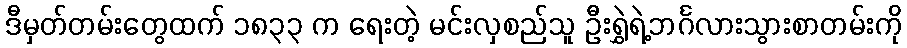
ဒီမှတ်တမ်းတွေထက် ၁၈၃၃ က ရေးတဲ့ မင်းလှစည်သူ ဦးရွှဲရဲ့ဘင်္ဂလားသွားစာတမ်းကို